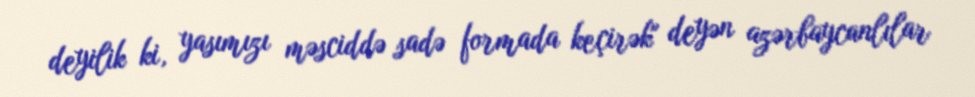
deyilik ki, yasımızı məsciddə sadə formada keçirək" deyən azərbaycanlılar